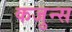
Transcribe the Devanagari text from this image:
कजुन्स